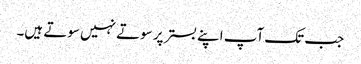
جب تک آپ اپنے بستر پر سوتے نہیں سوتے ہیں۔